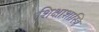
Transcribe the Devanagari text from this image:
शिक्षाशास्त्रि